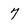
Character: 7